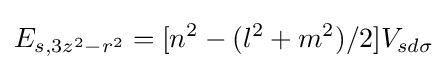
E_{s,3z^{2}-r^{2}}=[n^{2}-(l^{2}+m^{2})/2]V_{sd\sigma }